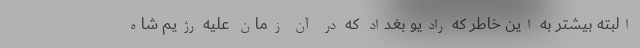
البته بیشتر به این خاطر که رادیو بغداد که در آن زمان علیه رژیم شاه